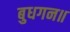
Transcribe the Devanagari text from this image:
बुधगन॥